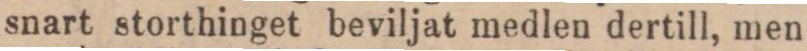
snart storthinget beviljat medlen dertill, men